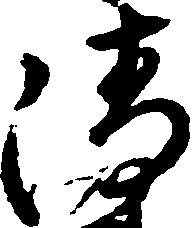
清